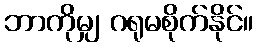
ဘာကိုမျှ ဂရုမစိုက်နိုင်။